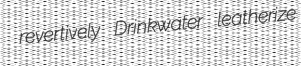
revertively Drinkwater leatherize